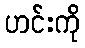
ဟင်းကို